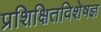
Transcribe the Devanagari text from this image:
प्रशिक्षितविशेषज्ञ